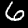
Digit: 6